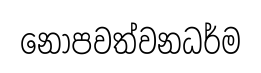
නොපවත්වනධර්ම